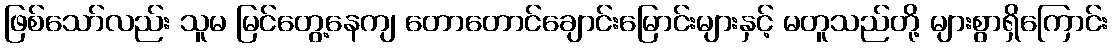
ဖြစ်သော်လည်း သူမ မြင်တွေ့နေကျ တောတောင်ချောင်းမြောင်းများနှင့် မတူသည်တို့ များစွာရှိကြောင်း